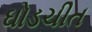
ઘોડચીત